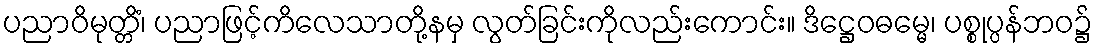
ပညာဝိမုတ္တိံ၊ ပညာဖြင့်ကိလေသာတို့နမှ လွတ်ခြင်းကိုလည်းကောင်း။ ဒိဋ္ဌေဝဓမ္မေ၊ ပစ္စုပ္ပန်ဘဝ၌